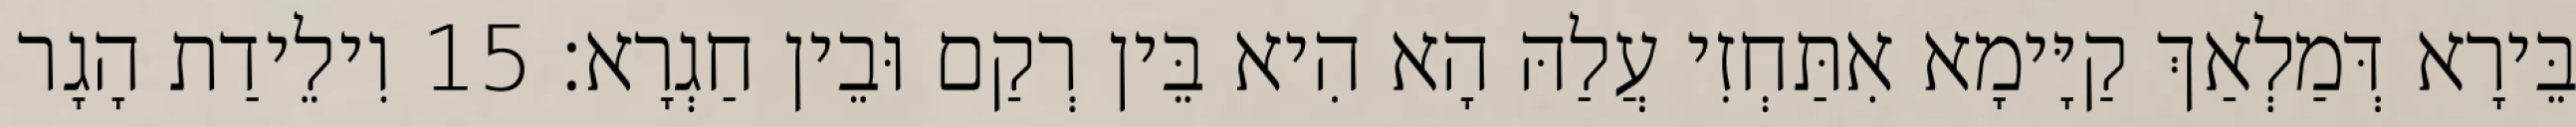
בֵּירָא דְּמַלְאַךְ קַיָּימָא אִתַּחְזִי עֲלַהּ הָא הִיא בֵּין רְקַם וּבֵין חַגְרָא׃ 15 וִילֵידַת הָגָר